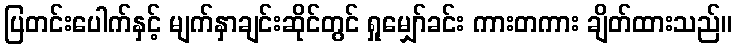
ပြတင်းပေါက်နှင့် မျက်နှာချင်းဆိုင်တွင် ရှုမျှော်ခင်း ကားတကား ချိတ်ထားသည်။